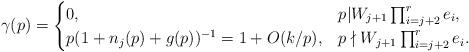
LaTeX: \begin{align*}\gamma(p)&=\begin{cases}0,&p|W_{j+1}\prod_{i=j+2}^r e_i,\\p(1+n_{j}(p)+g(p))^{-1}=1+O(k/p),&p\nmid W_{j+1}\prod_{i=j+2}^r e_i.\end{cases}\end{align*}